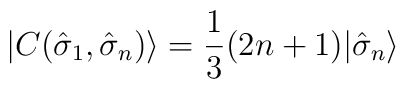
| C({\hat \sigma}_1,{\hat \sigma}_n ) \rangle = \frac{1}{3}(2n+1) |{\hat \sigma}_n \rangle